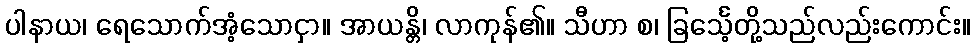
ပါနာယ၊ ရေသောက်အံ့သောငှာ။ အာယန္တိ၊ လာကုန်၏။ သီဟာ စ၊ ခြင်္သေ့တို့သည်လည်းကောင်း။